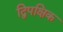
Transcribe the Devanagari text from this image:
द्विपक्षिक